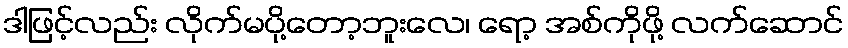
ဒါဖြင့်လည်း လိုက်မပို့တော့ဘူးလေ၊ ရော့ အစ်ကိုဖို့ လက်ဆောင်